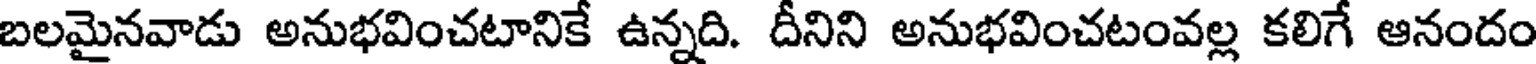
బలమైనవాడు అనుభవించటానికే ఉన్నది. దీనిని అనుభవించటంవల్ల కలిగే ఆనందం